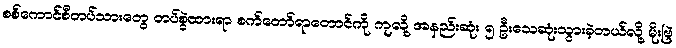
စစ်ကောင်စီတပ်သားတွေ တပ်စွဲထားရာ စက်တော်ရာတောင်ကို ကျလို့ အနည်းဆုံး ၅ ဦးသေဆုံးသွားခဲ့တယ်လို့ မိုးဗြဲ